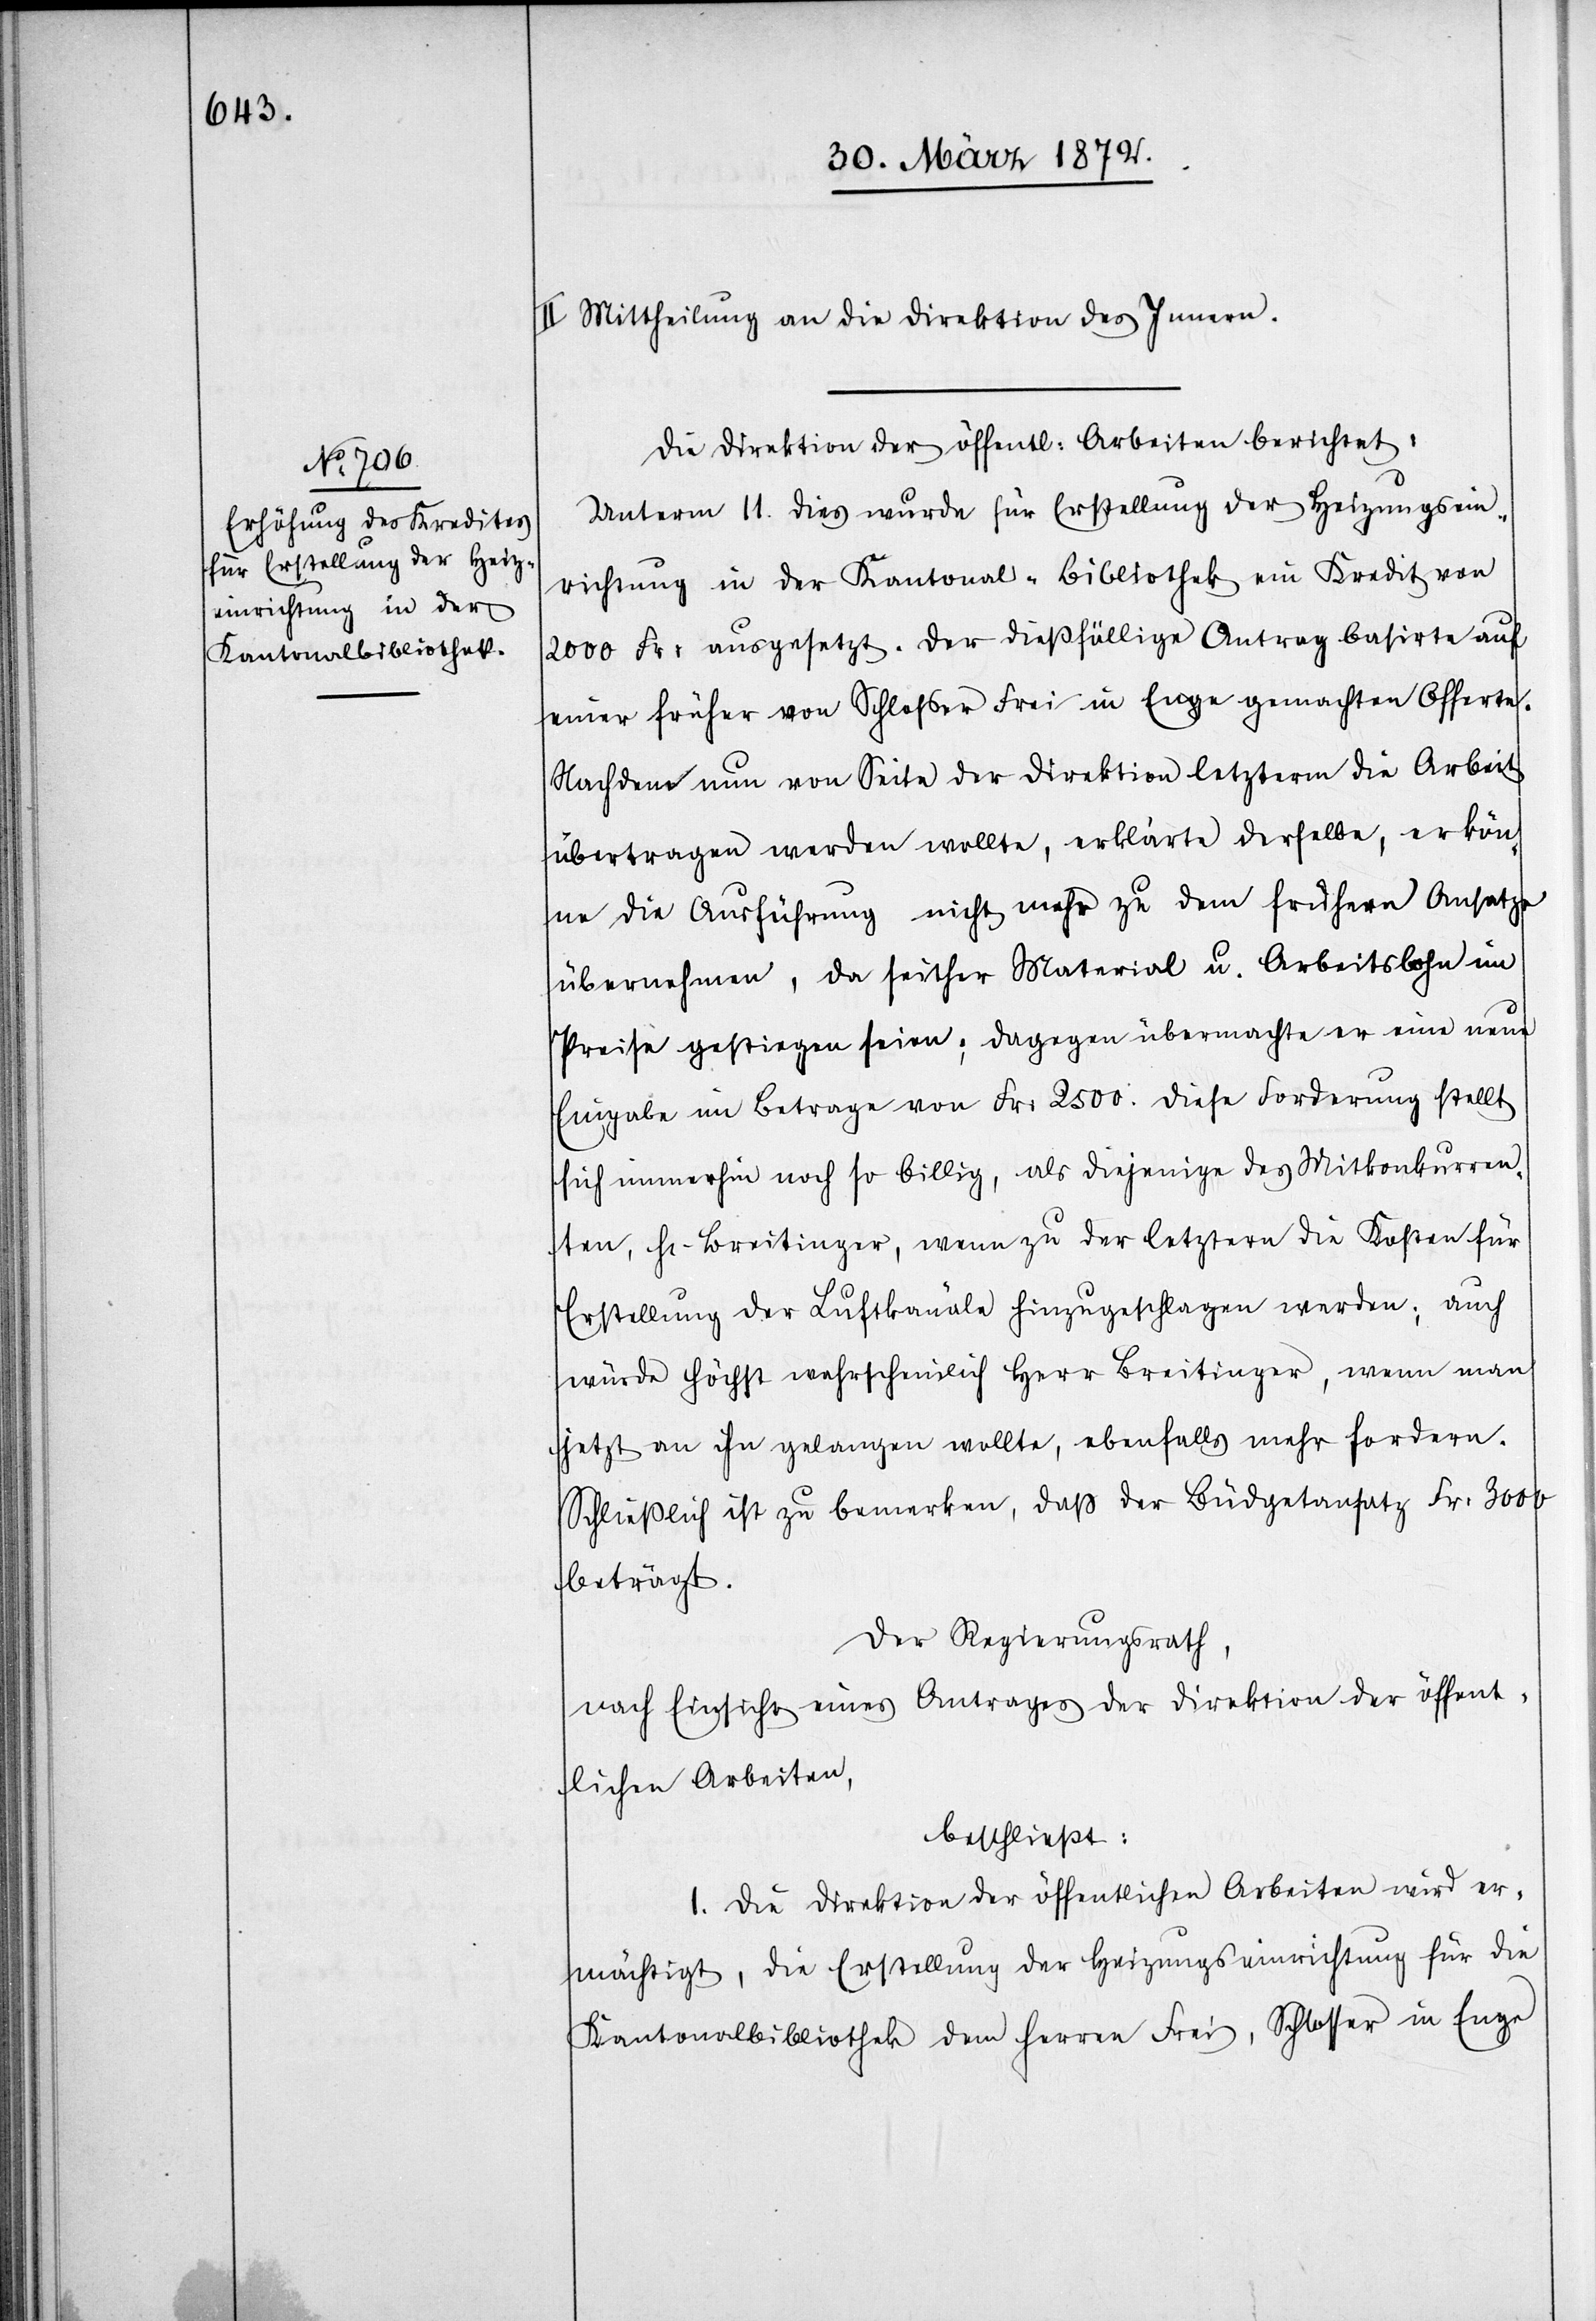
II. Mittheilung an die Direktion des Innern.
Die Direktion der öffentl: Arbeiten berichtet:
Unterm 11. dies wurde für Erstellung der Heizungsein¬
richtung in der Kantonal-Bibliothek ein Kredit von
2000 Fr: ausgesetzt. Der dießfällige Antrag basirte auf
einer früher von Schlosser Frei in Enge gemachten Offerte.
Nachdem nun von Seite der Direktion letzterm die Arbeit
übertragen werden wollte, erklärte derselbe, er kön¬
ne die Ausführung nicht mehr zu dem frühern Ansatze
übernehmen, da seither Material u. Arbeitslohn im
Preise gestiegen seien; dagegen übermachte er eine neue
Eingabe im Betrage von Fr: 2500. Diese Forderung stellt
sich immerhin noch so billig, als diejenige des Mitkonkurren¬
ten, Hr. Breitinger, wenn zu der letztern die Kosten für
Erstellung der Luftkanäle hinzugeschlagen werden; auch
würde höchst wahrscheinlich Herr Breitinger, wenn man
jetzt an ihn gelangen wollte, ebenfalls mehr fordern.
Schließlich ist zu bemerken, daß der Büdgetansatz Fr: 3000
beträgt.
Der Regierungsrath,
nach Einsicht eines Antrages der Direktion der öffent¬
lichen Arbeiten,
beschließt:
1. Die Direktion der öffentlichen Arbeiten wird er¬
mächtigt, die Erstellung der Heizungseinrichtung für die
Kantonalbibliothek dem Herren Frei, Schlosser in Enge